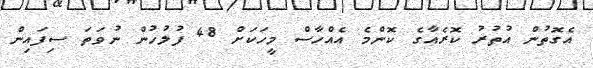
އެގޮތުން އުތުރު ކޮރެއާގެ ކޮންމެ އެއްހާސް މީހަކަށް 48 ފުލުހުން ނުވަތަ ސިފައިން